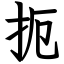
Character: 扼